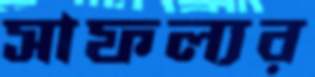
সাফল্যর